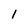
Character: 1